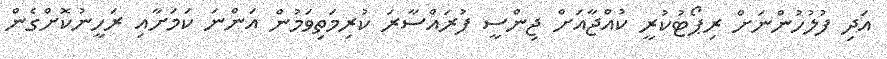
އަދި ފުލުހުންނަށް ރިޕޯޓުކުރީ ކުއްޖާއަށް ޖިންސީ ފުރައްސާރަ ކުރިމަތިވަމުން އަންނަ ކަމަށާއި ރަހީނުކޮށްގެން